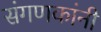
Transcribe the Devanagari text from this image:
संगणकांनी